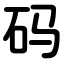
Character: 码